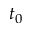
t _ { 0 }